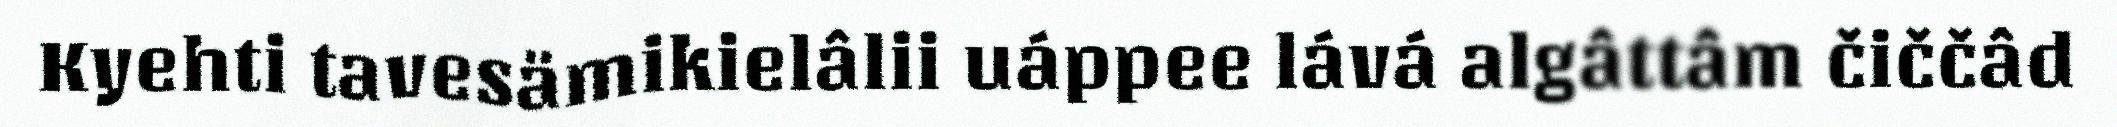
Kyehti tavesämikielâlii uáppee lává algâttâm čiččâd